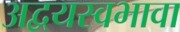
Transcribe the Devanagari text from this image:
अद्वयस्वभावा